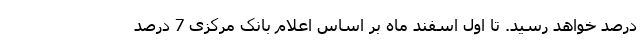
درصد خواهد رسید. تا اول اسفند ماه بر اساس اعلام بانک مرکزی 7 درصد